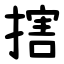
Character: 搳